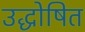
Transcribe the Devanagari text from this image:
उद्धोषित